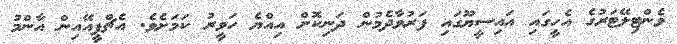
ވެންޓިލޭޓަރުގެ އެހީގައި އައިސީޔޫގައި ފަރުވާދެމުން ދަނިކޮށް އިއްޔެ ހަވީރު ކަމަށެވެ. އެޗްޕީއޭއިން އާންމު